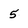
Character: 5